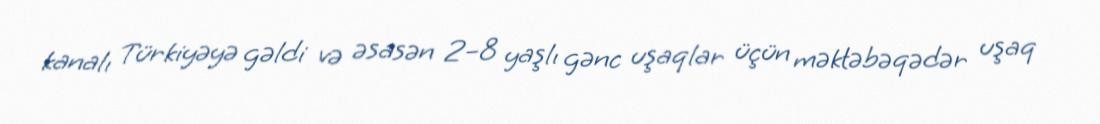
kanalı Türkiyəyə gəldi və əsasən 2–8 yaşlı gənc uşaqlar üçün məktəbəqədər uşaq